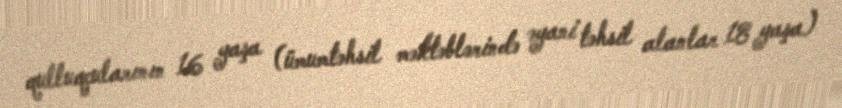
qulluqçularının 16 yaşa (ümumtəhsil məktəblərində əyani təhsil alanlar 18 yaşa)